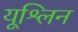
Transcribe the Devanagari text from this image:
यूश्लिन